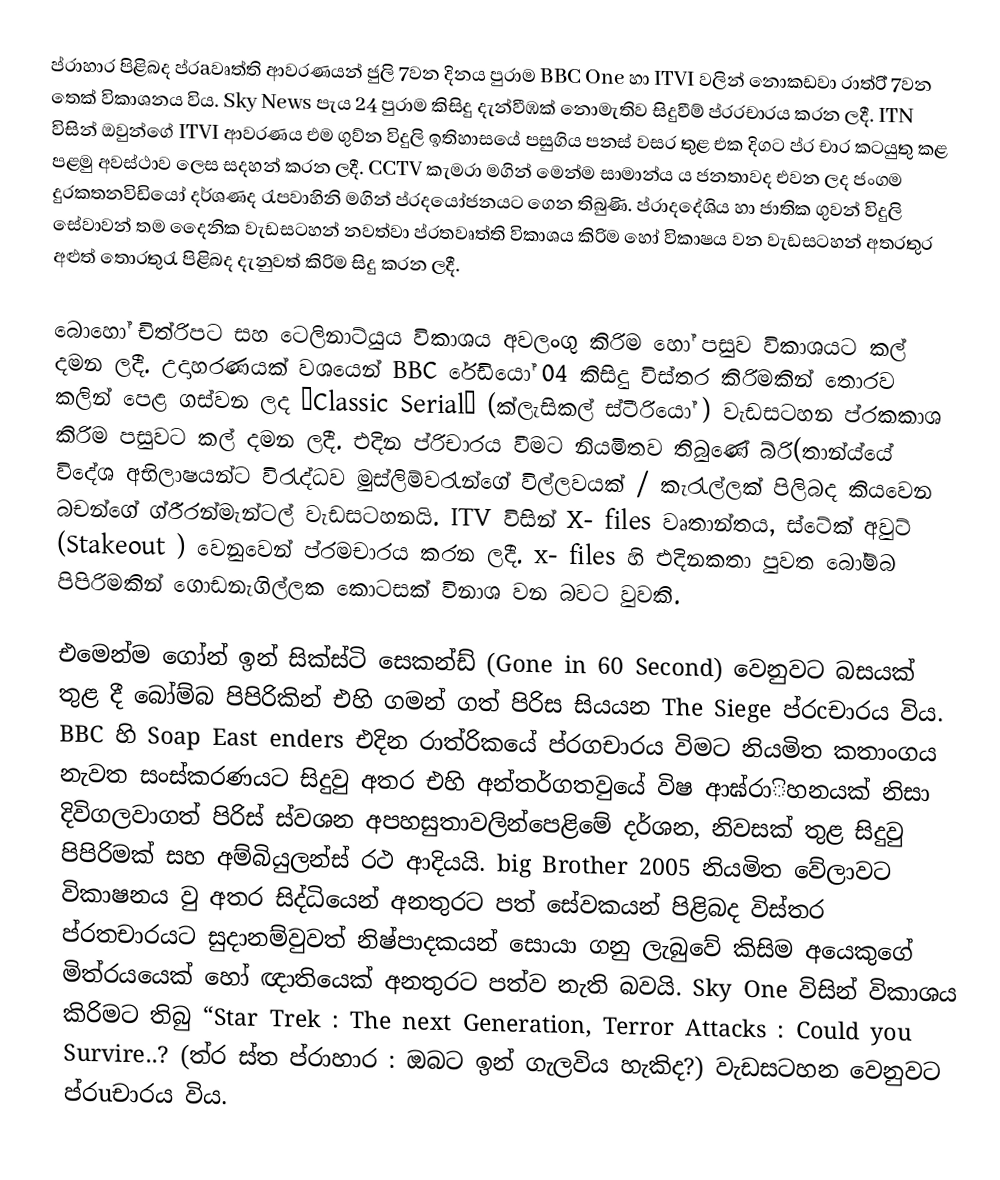
ප්රාහාර පිළිබද ප්රaවෘත්ති ආවරණයන් ජුලි 7වන දිනය පුරාම BBC One හා  ITVI වලින් නොකඩවා රාත්රි් 7වන තෙක් විකාශනය විය.  Sky News  පැය 24 පුරාම කිසිදු දැන්වීඹක් නොමැතිව සිදුවීම් ප්රරචාරය කරන ලදී.  ITN  විසින් ඔවුන්ගේ ITVI ආවරණය එම ගුව්න විදුලි ඉතිහාසයේ පසුගිය පනස් වසර තුළ එක දිගට ප්ර චාර කටයුතු කළ  පළමු අවස්ථාව ලෙස  සදහන් කරන ලදී.  CCTV කැමරා මගින් මෙන්ම සාමාන්ය ය ජනතාවද එවන ලද ජංගම දුරකතනවිඩි‍යෝ දර්ශණද රැපවාහිනි මගින් ප්රදයෝජනයට ගෙන තිබුණි. ප්රාදදේශිය හා ජාතික ගුවන් විදුලි සේවාවන් තම දෛනික වැඩසටහන් නවත්වා ප්රතවෘත්ති විකාශය කිරිම හෝ විකාෂය වන වැඩසටහන් අතරතුර අළුත් තොරතුරැ පිළිබද දැනුවත් කිරිම සිදු කරන ලදී.

බොහෝ චිත්රිපට සහ ටෙලිනාට්යුය විකාශය අවලංගු කිරිම හෝ පසුව විකාශයට කල් දමන ලදී. උදාහරණයක් වශයෙන්  BBC රේඩියෝ 04 කිසිදු විස්තර කිරිමකින් තොරව කලින් පෙළ ගස්වන ලද    ˝Classic Serial˝  (ක්ලැසිකල් ස්ටීරියෝ ) වැඩසටහන ප්රකකාශ කිරිම පසුවට කල් දමන ලදී. එදින ප්රිචාරය වීමට නියමිතව තිබුණේ බ්රි(තාන්ය්යේ විදේශ අභිලාෂයන්ට විරැද්ධව  මුස්ලිම්වරැන්ගේ විල්ලවයක් / කැරැල්ලක් පිලිබද කියවෙන බචන්ගේ ග්රීරන්මැන්ටල් වැඩසටහනයි.  ITV විසින්  X- files වෘතාන්තය, ස්ටේක් අවුට්  (Stakeout ) වෙනුවෙන් ප්රමචාරය කරන ලදී. x- files  හි එදිනකතා පුවත බෝම්බ පිපිරිමකින් ගොඩනැගිල්ලක කොටසක් විනාශ වන බවට වුවකි.

එමෙන්ම ගෝන් ඉන් සික්ස්ටි සෙකන්ඩ් (Gone in 60 Second) වෙනුවට බසයක් තුළ දී බෝම්බ පිපිරිකින් එහි ගමන් ගත් පිරිස සියයන The Siege  ප්රcචාරය විය. BBC හි  Soap East enders එදින රාත්රිකයේ ප්රගචාරය විමට නියමිත කතාංගය නැවත සංස්කරණයට සිදුවු අතර එහි අන්තර්ගතවුයේ විෂ ආඝ්රාිහනයක් නිසා දිවිගලවාගත් පිරිස් ස්වශන අපහසුතාවලින්පෙළිමේ දර්ශන, නිවසක් තුළ සිදුවු පිපිරිමක් සහ අම්බියුලන්ස් රථ ආදියයි. big Brother 2005 නියමිත වේලාවට විකාෂනය වු අතර සිද්ධියෙන් අනතුරට පත් සේවකයන් පිළිබද විස්තර ප්රතචාරයට සුදානම්වුවත් නිෂ්පාදකයන් සොයා ගනු ලැබුවේ කිසිම අයෙකුගේ මිත්රයයෙක් හෝ ඥාතියෙක් අනතුරට පත්ව නැති බවයි.  Sky One විසින් විකාශය කිරිමට තිබු “Star Trek : The next Generation, Terror Attacks : Could you Survire..? (ත්ර ස්ත ප්රාහාර : ඔබට ඉන් ගැලවිය හැකිද?)  වැඩසටහන වෙනුවට ප්රuචාරය විය.